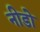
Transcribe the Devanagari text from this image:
नीडो